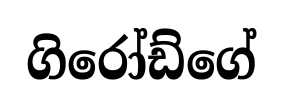
ගිරෝඩ්ගේ